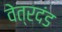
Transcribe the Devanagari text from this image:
वेत्रदंड